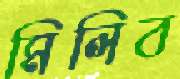
মিলিব